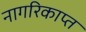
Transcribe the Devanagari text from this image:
नागरिकाप्त